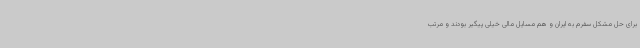
برای حل مشکل سفرم به ایران و هم مسایل مالی خیلی پیگیر بودند و مرتب